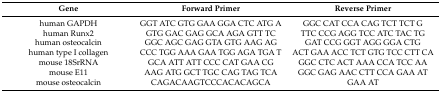
<table><thead><tr><td><b>Gene</b></td><td><b>Forward Primer</b></td><td><b>Reverse Primer</b></td></tr></thead><tbody><tr><td>human GAPDH</td><td>GGT ATC GTG GAA GGA CTC ATG A</td><td>GGC CAT CCA CAG TCT TCT G</td></tr><tr><td>human Runx2</td><td>GTG GAC GAG GCA AGA GTT TC</td><td>TTC CCG AGG TCC ATC TAC TG</td></tr><tr><td>human osteocalcin</td><td>GGC AGC GAG GTA GTG AAG AG</td><td>GAT CCG GGT AGG GGA CTG</td></tr><tr><td>human type I collagen</td><td>CCC TGG AAA GAA TGG AGA TGA T</td><td>ACT GAA ACC TCT GTG TCC CTT CA</td></tr><tr><td>mouse 18SrRNA</td><td>GCA ATT ATT CCC CAT GAA CG</td><td>GGC CTC ACT AAA CCA TCC AA</td></tr><tr><td>mouse E11</td><td>AAG ATG GCT TGC CAG TAG TCA</td><td>GGC GAG AAC CTT CCA GAA AT</td></tr><tr><td>mouse osteocalcin</td><td>CAGACAAGTCCCACACAGCA</td><td>GAA AT</td></tr></tbody></table>